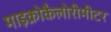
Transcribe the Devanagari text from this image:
माइक्रोकैलोरीमीटर